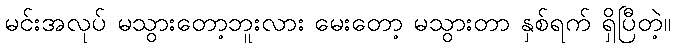
မင်းအလုပ် မသွားတော့ဘူးလား မေးတော့ မသွားတာ နှစ်ရက် ရှိပြီတဲ့။